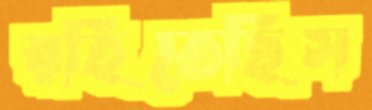
রহিতেছিস